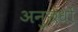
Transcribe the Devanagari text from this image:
अनुछेधों